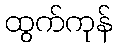
ထွက်ကုန်